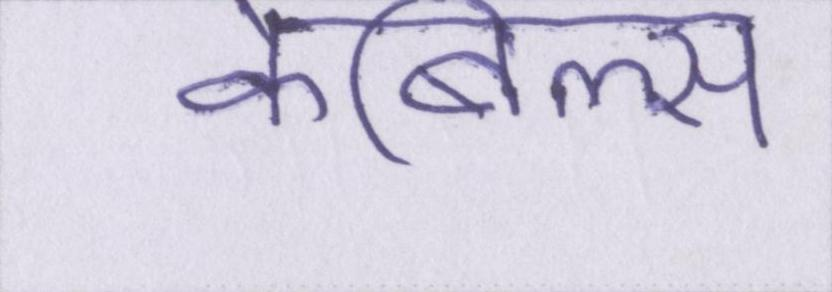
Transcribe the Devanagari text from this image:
केबिल्स